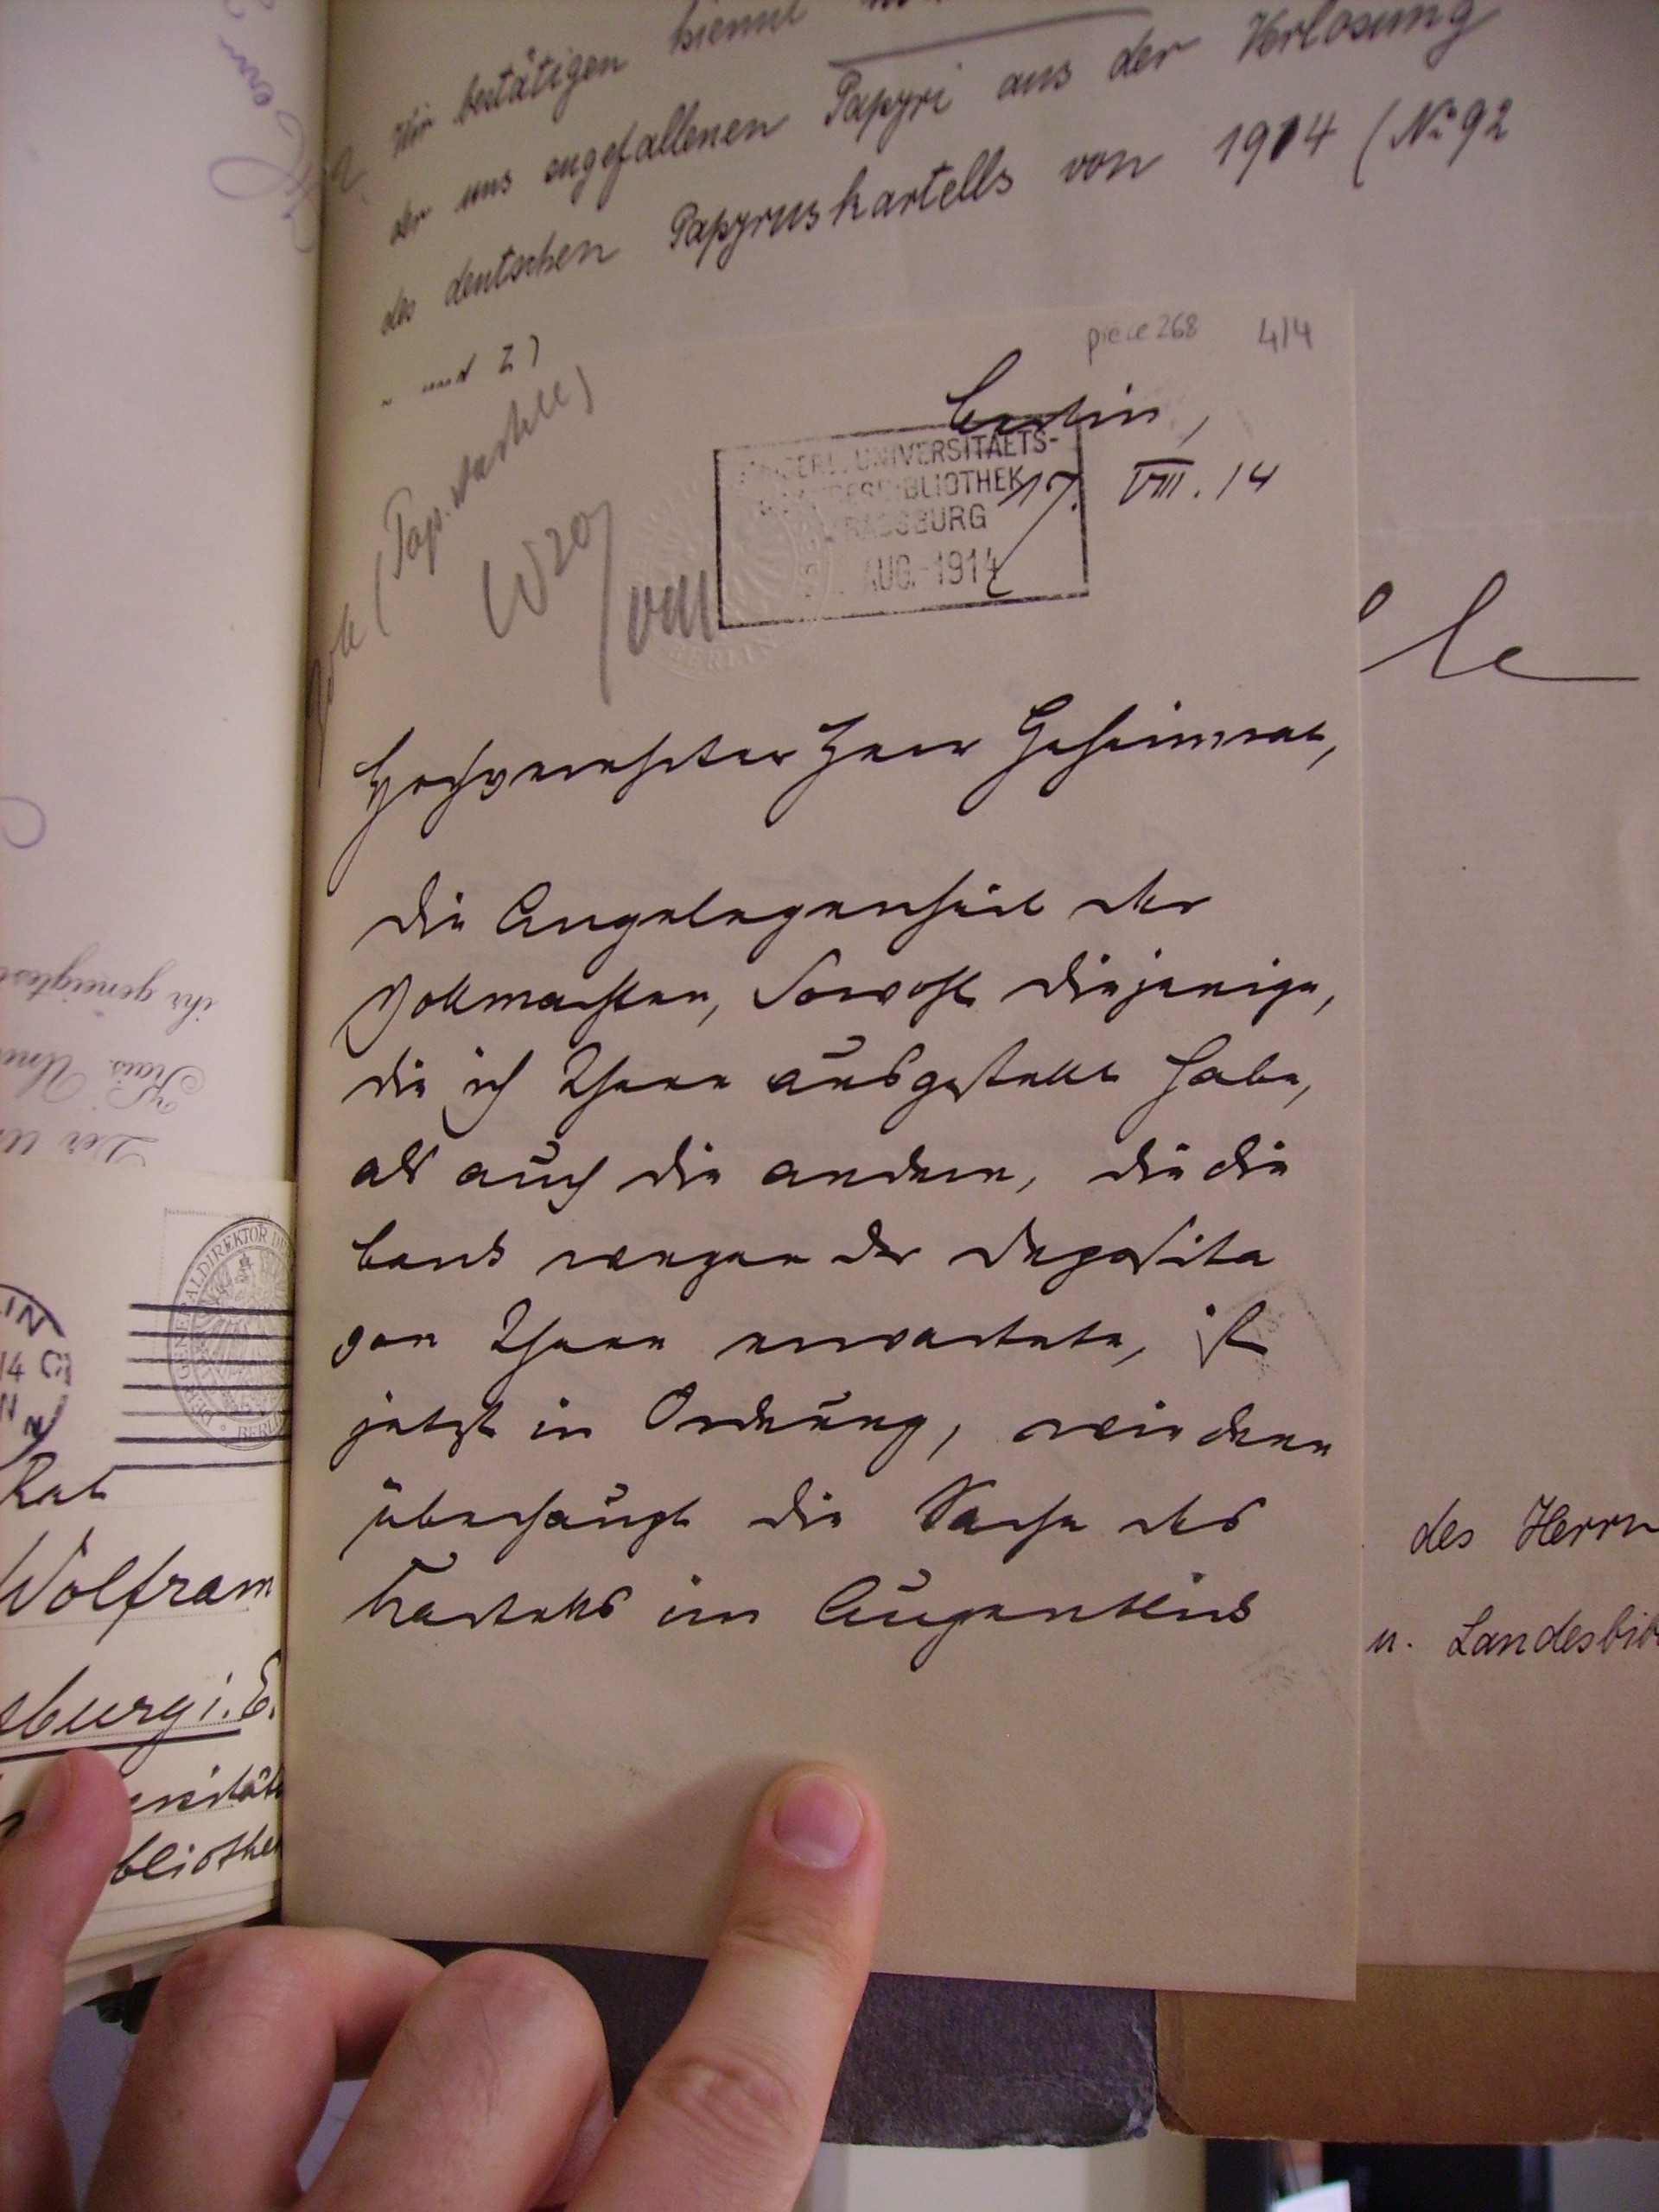
Berlin
17. VIII. 14

Hochverehrter Herr Geheimrat,
die Angelegenheit der
Vollmachten, sowohl diejenige,
die ich Ihnen ausgestellt habe,
als auch die andern, die die
Bank wegen der deposita
von Ihnen erwartete ist
jetzt in Ordnung, wie denn
überhaupt die Sache des
Kartells im Augenblick